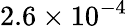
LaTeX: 2.6\times 10^{-4}